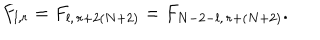
LaTeX: F _ { l , r } = F _ { l , \, r + 2 ( N + 2 ) } = F _ { N - 2 - l , \, r + ( N + 2 ) } .